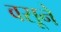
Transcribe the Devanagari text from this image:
वसूने